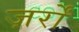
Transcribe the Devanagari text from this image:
ज़र्रों